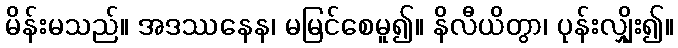
မိန်းမသည်။ အဒဿနေန၊ မမြင်စေမူ၍။ နိလီယိတွာ၊ ပုန်းလျှိုး၍။